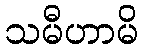
သမီဟာမိ